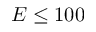
E \le 1 0 0